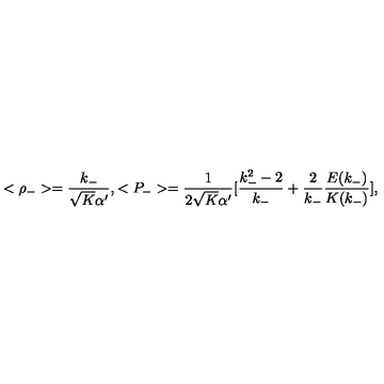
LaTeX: < \rho _ { - } > = \frac { k _ { - } } { \sqrt { K } \alpha ^ { \prime } } , < P _ { - } > = \frac { 1 } { 2 \sqrt { K } \alpha ^ { \prime } } [ \frac { k _ { - } ^ { 2 } - 2 } { k _ { - } } + \frac { 2 } { k _ { - } } \frac { E ( k _ { - } ) } { K ( k _ { - } ) } ] ,